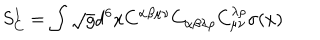
S _ { C } ^ { 1 } = \int \sqrt { g } d ^ { 6 } x C ^ { \alpha \beta \mu \nu } C _ { \alpha \beta \lambda \rho } C _ { \mu \nu } ^ { \lambda \rho } \sigma ( x )